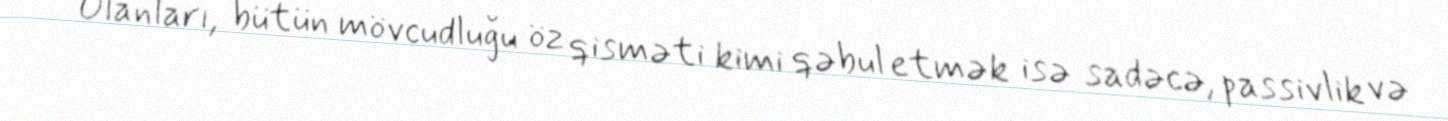
Olanları, bütün mövcudluğu öz qisməti kimi qəbul etmək isə sadəcə, passivlik və